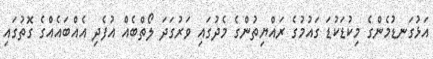
އަޅުގަނޑުމެންގެ މިކުޑަކުޑަ ގައުމުގެ ރައްޔިތުންގެ މެދުގައި ވަރުގަދަ ލޯތްބެއް އުފެދި އެއްބައެއްގެ ގޮތުގައި